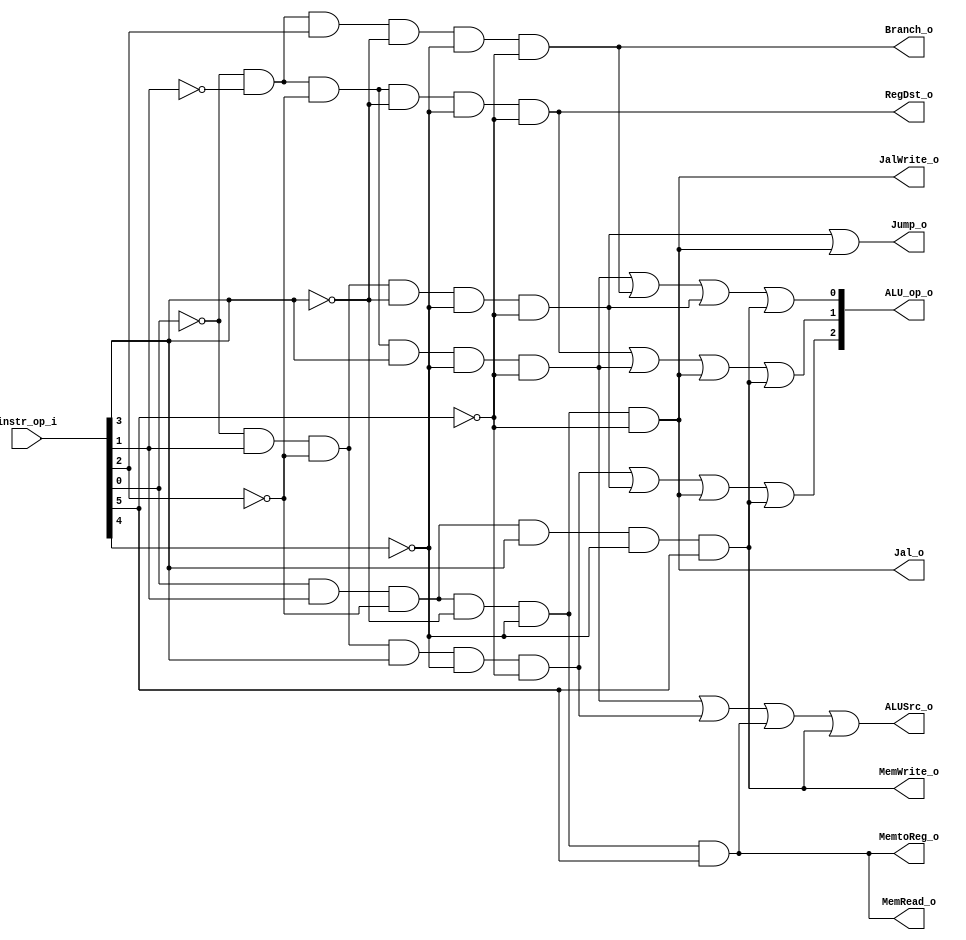
//Subject:     CO project 2 - Decoder
//--------------------------------------------------------------------------------
//Version:     1
//--------------------------------------------------------------------------------
//Writer:      Luke
//----------------------------------------------
//----------------------------------------------
//Description: 
//--------------------------------------------------------------------------------

module Decoder(
    instr_op_i,
	ALU_op_o,
	ALUSrc_o,
	RegDst_o,
	Branch_o,
	MemtoReg_o,
	MemRead_o,
	MemWrite_o,
	Jump_o,
	Jal_o,
	JalWrite_o
	);
     
//I/O ports
input  [6-1:0] instr_op_i;

output [3-1:0] ALU_op_o;
output         ALUSrc_o;
output         RegDst_o;
output         Branch_o;
output         MemtoReg_o;
output         MemRead_o;
output         MemWrite_o;
output         Jump_o;
output         Jal_o;
output         JalWrite_o; 
//Internal Signals
reg    [3-1:0] ALU_op_o;
reg            ALUSrc_o;
reg            RegDst_o;
reg            Branch_o;
reg            MemtoReg_o;
reg            MemRead_o;
reg            MemWrite_o;
reg            Jump_o;
reg            Jal_o;
reg            JalWrite_o;




//Parameter
wire r,addi,slti,beq,lw,sw,jump,jal,jr;

//Main function
assign r = !instr_op_i[0] && !instr_op_i[1] && !instr_op_i[2] && !instr_op_i[3] && !instr_op_i[4] && !instr_op_i[5];
assign addi = !instr_op_i[0] && !instr_op_i[1] && !instr_op_i[2] && instr_op_i[3] && !instr_op_i[4] && !instr_op_i[5];
assign slti = !instr_op_i[0] && instr_op_i[1] && !instr_op_i[2] && instr_op_i[3] && !instr_op_i[4] && !instr_op_i[5];
assign beq = !instr_op_i[0] && !instr_op_i[1] && instr_op_i[2] && !instr_op_i[3] && !instr_op_i[4] && !instr_op_i[5];
assign lw = instr_op_i[0] && instr_op_i[1] && !instr_op_i[2] && !instr_op_i[3] && !instr_op_i[4] && instr_op_i[5];
assign sw = instr_op_i[0] && instr_op_i[1] && !instr_op_i[2] && instr_op_i[3] && !instr_op_i[4] && instr_op_i[5];
assign jump = !instr_op_i[0] && instr_op_i[1] && !instr_op_i[2] && !instr_op_i[3] && !instr_op_i[4] && !instr_op_i[5];
assign jal = instr_op_i[0] && instr_op_i[1] && !instr_op_i[2] && !instr_op_i[3] && !instr_op_i[4] && !instr_op_i[5];
assign jr = !instr_op_i[0] && !instr_op_i[1] && !instr_op_i[2] && !instr_op_i[3] && !instr_op_i[4] && !instr_op_i[5];

always @(*)begin
	RegDst_o = r;
	ALUSrc_o = addi || slti || lw || sw ;
	MemtoReg_o = lw;
	MemRead_o = lw;
	MemWrite_o = sw;
	Branch_o = beq;
	ALU_op_o[0] = addi || beq || jump || sw;
	ALU_op_o[1] = r || jr || addi || jal || sw;
	ALU_op_o[2] = slti || jump || jal || sw;
	Jump_o = jump || jal;
	Jal_o = jal;
	JalWrite_o = jal;
end
endmodule